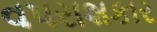
વપરાશકાર